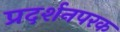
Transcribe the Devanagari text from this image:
प्रदर्शनपरक